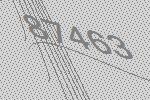
87463